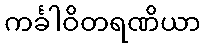
ကင်္ခါဝိတရဏိယာ